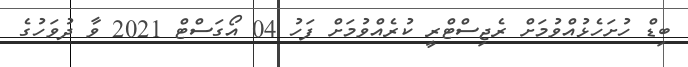
ބިޑް ހުށަހެޅުއްވުމަށް ރެޖިސްޓްރީ ކުރެއްވުމަށް ފަހު 04 އޯގަސްޓް 2021 ވާ ދުވަހުގެ